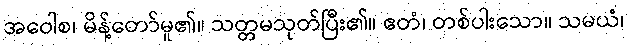
အဝေါစ၊ မိန့်တော်မူ၏။ သတ္တမသုတ်ပြီး၏။ ဧတံ၊ တစ်ပါးသော။ သမယံ၊